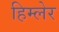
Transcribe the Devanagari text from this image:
हिम्लेर